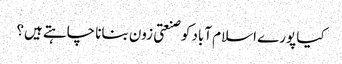
کیا پورے اسلام آباد کو صنعتی زون بنانا چاہتے ہیں؟